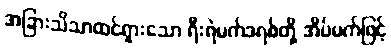
အခြားသိသာထင်ရှားသော ရီးရဲမက်ဒရစ်တို့ အိပ်မက်ဖြင့်